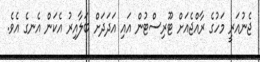
ޖެނުއަރީ މަހުގެ ރާއްޖެއަށް ޓޫރިސްޓުން އައި އަދަދަށް ބަލާއިރު އެކަން އެނގެ އެވެ.